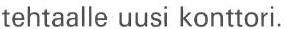
tehtaalle uusi konttori.